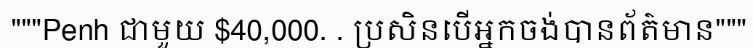
"""Penh ជាមួយ $40,000. . ប្រសិនបើអ្នកចង់បានព័ត៌មាន"""